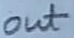
Text: out